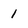
Character: 1